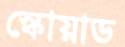
স্কোয়াড